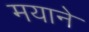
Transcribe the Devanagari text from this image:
मयाने